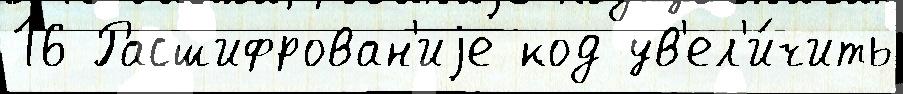
16 Расшифрован'иjе код ув'ел'и́чить